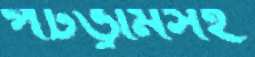
পটভূমিসহ